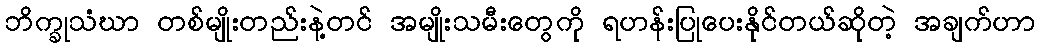
ဘိက္ခုသံဃာ တစ်မျိုးတည်းနဲ့တင် အမျိုးသမီးတွေကို ရဟန်းပြုပေးနိုင်တယ်ဆိုတဲ့ အချက်ဟာ